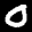
Label: 0